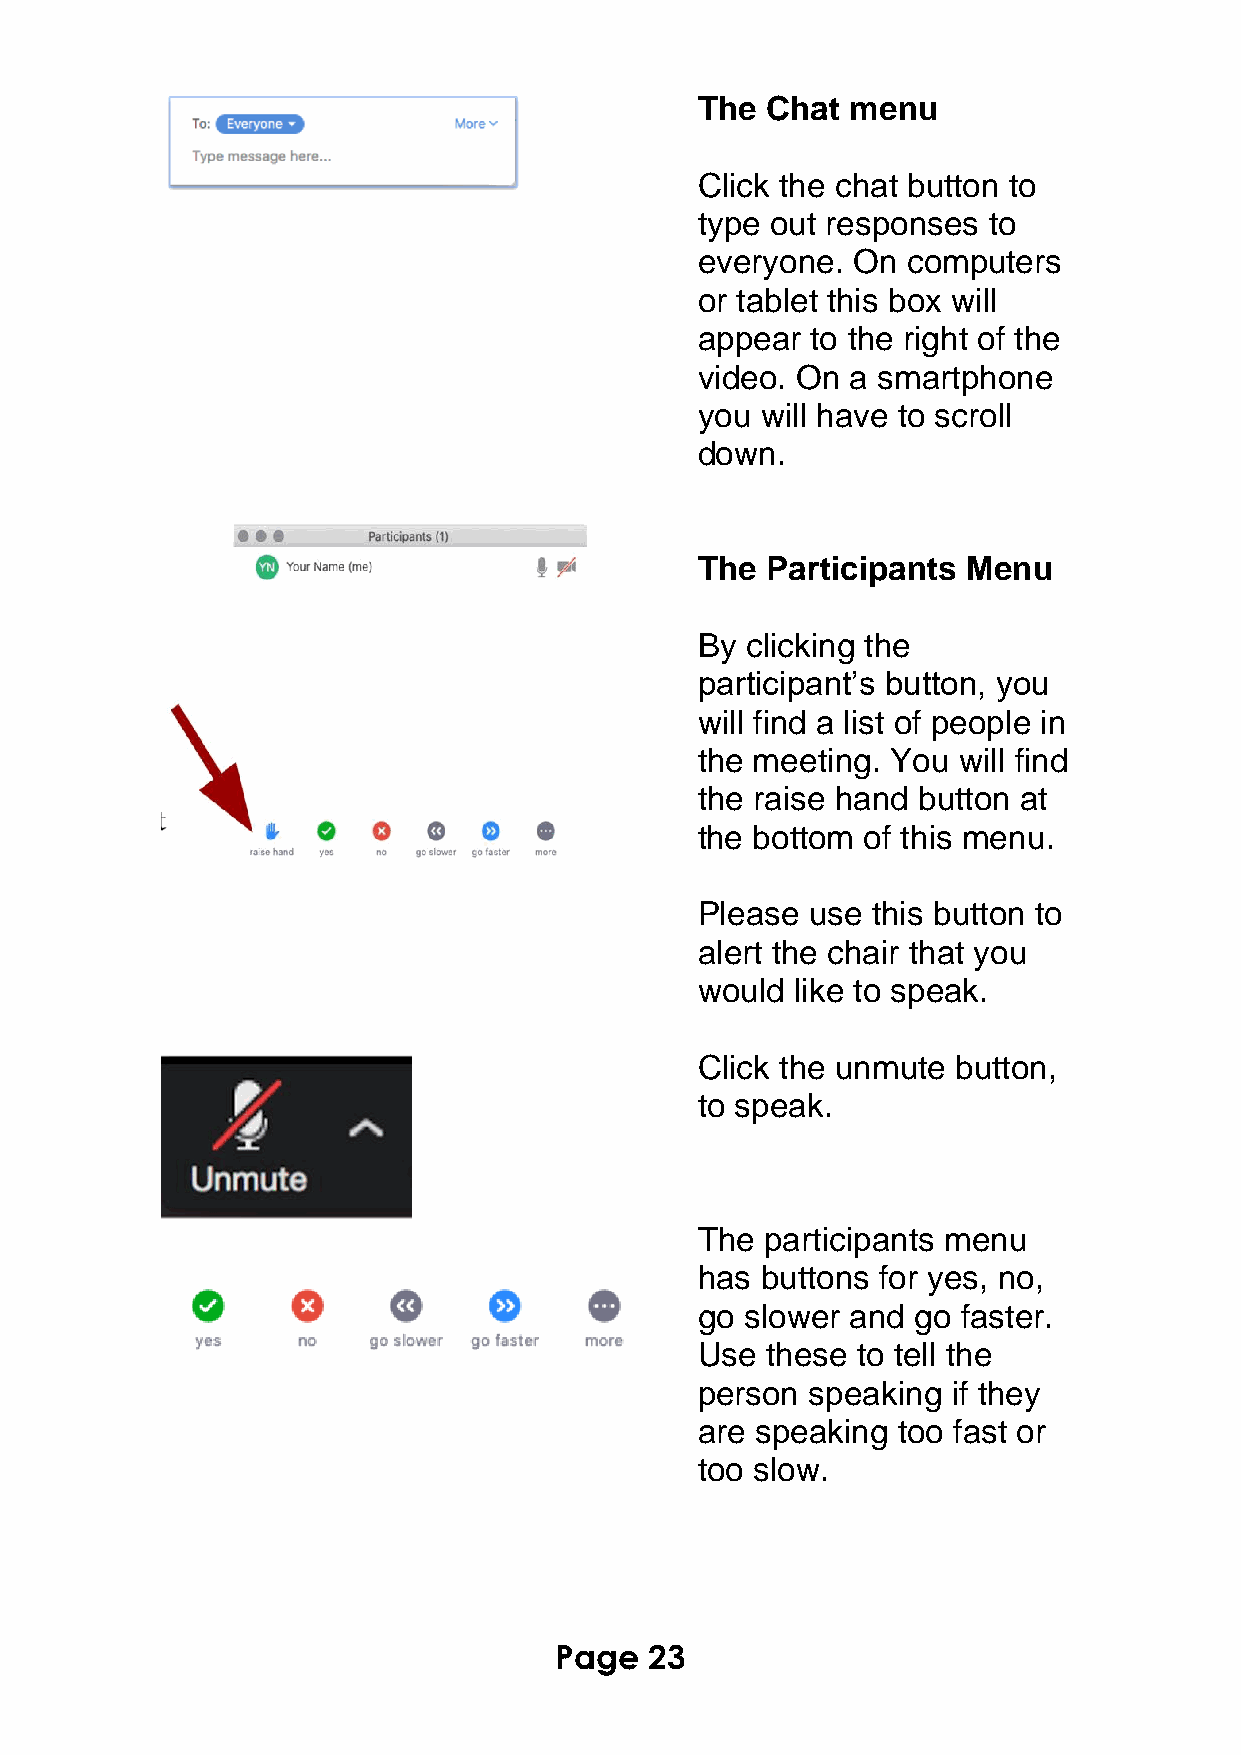
The  Chat menu
 Click the chat button to
 type out responses to
 everyone. On  computers
 or tablet this box will
 appear  to the right of the
 video. On a smartphone
 you will have to scroll
 down.
 The  Participants Menu
 By clicking the
 participant’s button, you
 will find a list of people in
 the meeting. You will find
 the raise hand button at
 the bottom of this menu.
 Please  use this button to
 alert the chair that you
 would  like to speak.
 Click the unmute button,
 to speak.
 The  participants menu
 has buttons for yes, no,
 go slower and go  faster.
 Use  these to tell the
 person  speaking if they
 are speaking too fast or
 too slow.
 Page  23